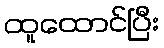
ထူထောင်ပြီး